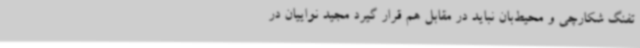
تفنگ شکارچی و محیط‌بان نباید در مقابل هم قرار گیرد مجید نواییان در